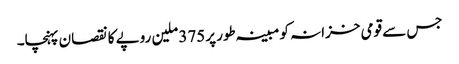
جس سے قومی خزانہ کو مبینہ طور پر375 ملین روپے کا نقصان پہنچا۔